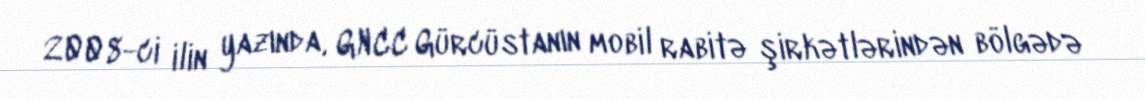
2008-ci ilin yazında, GNCC Gürcüstanın mobil rabitə şirkətlərindən bölgədə